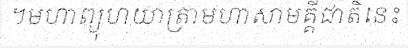
។មហាព្យុហយាត្រាមហាសាមគ្គីជាតិនេះ